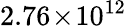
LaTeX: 2.76\! \times\! 10^{12}